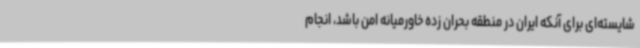
شایسته‌ای برای آنکه ایران در منطقه بحران زده خاورمیانه امن باشد، انجام